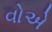
વોએ